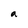
Character: a